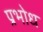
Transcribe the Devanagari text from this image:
प्रभोध